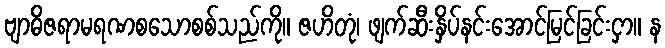
ဗျာဓိဇရာမရဏစသောစစ်သည်ကို။ ဇဟိတုံ၊ ဖျက်ဆီးနှိပ်နင်းအောင်မြင်ခြင်းငှာ။ န